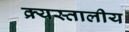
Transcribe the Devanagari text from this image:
क्र्यस्तालीय